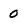
Character: 0